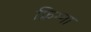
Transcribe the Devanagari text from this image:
फ़्रिग्गा